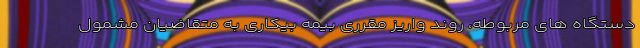
دستگاه های مربوطه، روند واریز مقرری بیمه بیکاری به متقاضیان مشمول